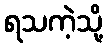
ရသကဲ့သို့